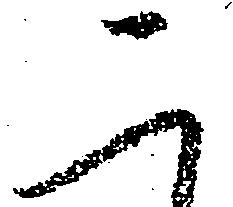
二